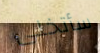
سأتخلى